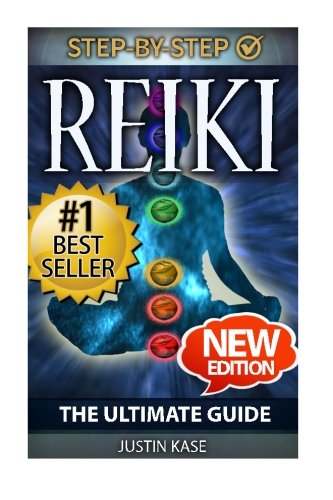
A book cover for Reiki: The Ultimate Guide: The Definitive Guide: Improve Health, Increase Energy and Feel   Amazing with Reiki Healing; Justin Kase; Religion & Spirituality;